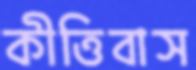
কীত্তিবাস